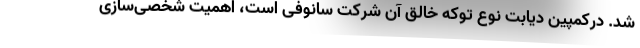
شد. درکمپین دیابت نوع توکه خالق آن شرکت سانوفی است، اهمیت شخصی‌سازی